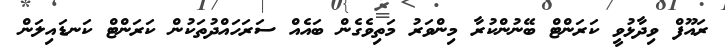
ރައޫފް ވިދާޅުވީ ކަރަންޓް ބޭނުންކުރާ މިންވަރު މަތިވެގެން ބައެއް ސަރަހައްދުތަކުން ކަރަންޓް ކަނޑައިލަން